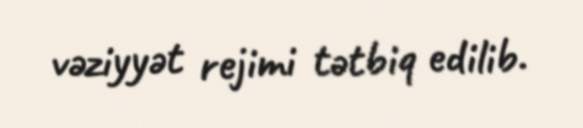
vəziyyət rejimi tətbiq edilib.